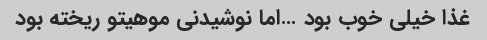
غذا خیلی خوب بود …اما نوشیدنی موهیتو ریخته بود